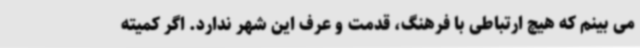
می بینم که هیچ ارتباطی با فرهنگ، قدمت و عرف این شهر ندارد. اگر کمیته